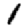
Digit: 1